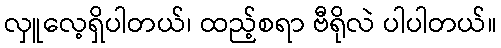
လှူလေ့ရှိပါတယ်၊ ထည့်စရာ ဗီရိုလဲ ပါပါတယ်။